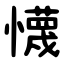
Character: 懱